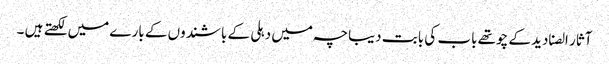
آثار الصنادید کے چوتھے باب کی بابت دیباچہ میں دہلی کے باشندوں کے بارے میں لکھتے ہیں ۔